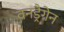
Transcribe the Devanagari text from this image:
वनड्रैगेन